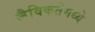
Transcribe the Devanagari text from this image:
जैविकतेमध्ये